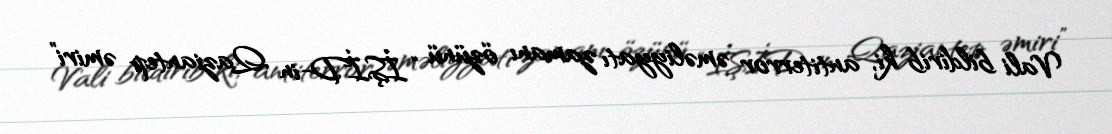
Vali bildirib ki, antiterror əməliyyatı zamanı özünü “İŞİD-in Qaziantep əmiri”